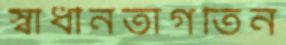
স্বাধীনতাগতিন